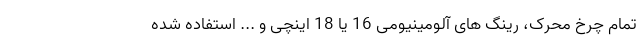
تمام چرخ محرک، رینگ های آلومینیومی 16 یا 18 اینچی و ... استفاده شده